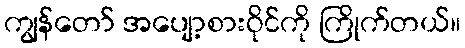
ကျွန်တော် အပျော့စားဝိုင်ကို ကြိုက်တယ်။